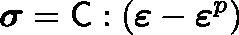
{ \boldsymbol { \mathbf { \mathit { \sigma } } } } = \mathsf { { C } } : ( { \boldsymbol { \mathbf { \mathit { \varepsilon } } } } - { \boldsymbol { \mathbf { \mathit { \varepsilon } } } } ^ { p } )